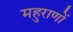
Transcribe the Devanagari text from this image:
महुराणों